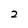
Character: 2